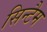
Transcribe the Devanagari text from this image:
सिन्टैम